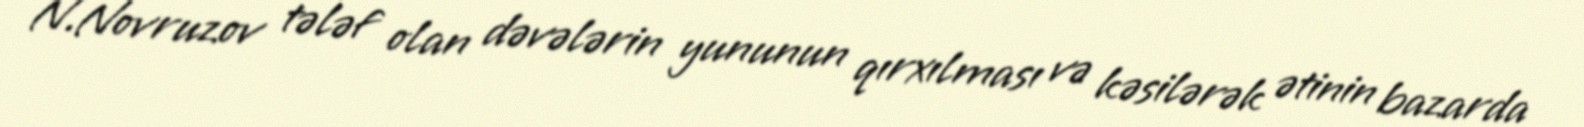
N.Novruzov tələf olan dəvələrin yununun qırxılması və kəsilərək ətinin bazarda